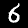
Label: 6